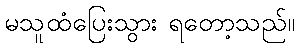
မသူထံပြေးသွား ရတော့သည်။